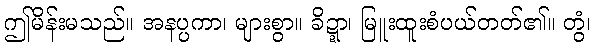
ဤမိန်းမသည်။ အနပ္ပကာ၊ များစွာ။ ခိဍ္ဍာ၊ မြူးထူးစံပယ်တတ်၏။ တွံ၊